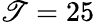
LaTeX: \mathscr{T}=25